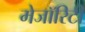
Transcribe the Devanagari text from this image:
मेजॉरिटी